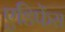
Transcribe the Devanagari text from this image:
एडिफेंस